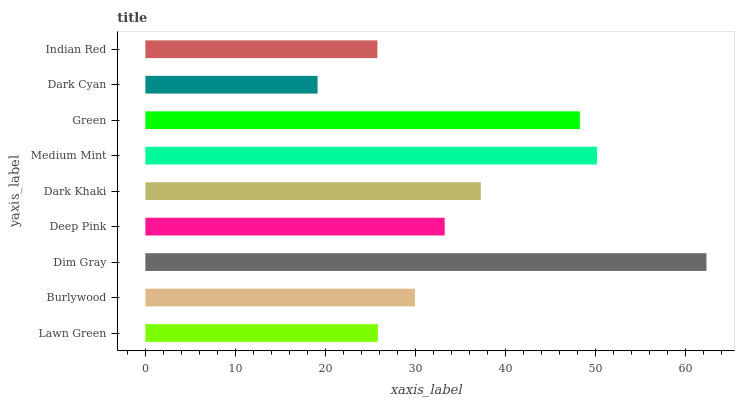
| yaxis_label | bars |
 | --- | --- |
 | Lawn Green | 25.8 |
 | Burlywood | 30 |
 | Dim Gray | 62.4 |
 | Deep Pink | 33.3 |
 | Dark Khaki | 37.3 |
 | Medium Mint | 50.2 |
 | Green | 48.3 |
 | Dark Cyan | 19.1 |
 | Indian Red | 25.8 |